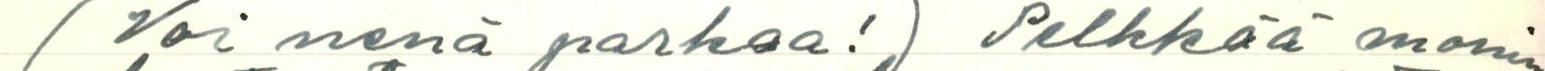
(Voi nenä parkaa!) Pelkkää monin